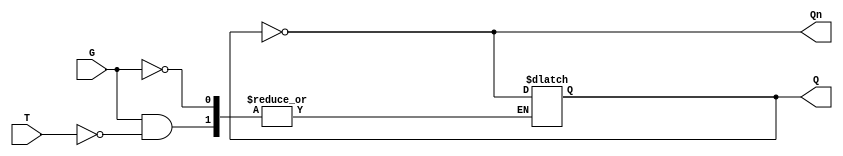
module Gated_T_Latch (
    input wire T,      // Toggle input
    input wire G,      // Gate/Enable signal
    output reg Q,      // Output
    output wire Qn     // Complement of Q
);

    assign Qn = ~Q; // Complement output

    always @(G or T) begin
        if (G) begin
            if (T) begin
                Q <= ~Q; // Toggle the state of Q
            end
            // If T is low, Q remains unchanged
        end
        // If G is low, Q remains unchanged
    end

endmodule